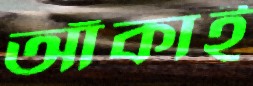
আঁকাই